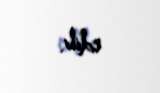
edib.